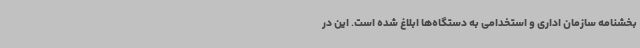
بخشنامه سازمان اداری و استخدامی به دستگاه‌ها ابلاغ شده است. این در